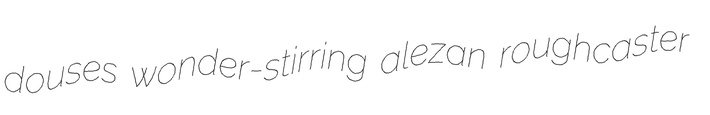
douses wonder-stirring alezan roughcaster